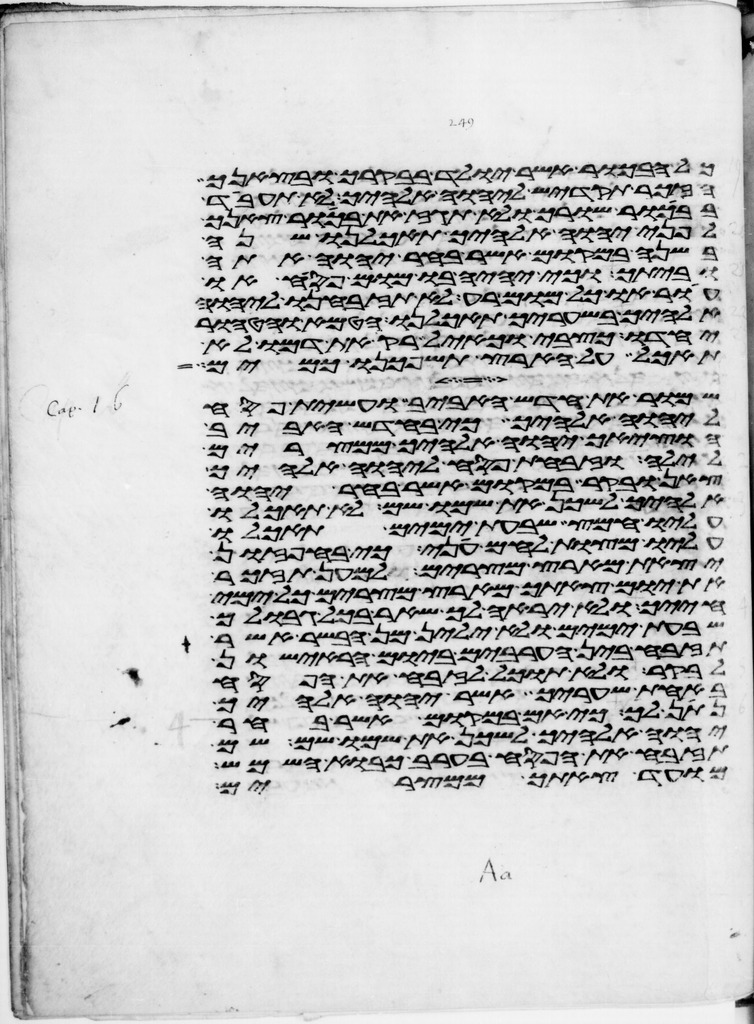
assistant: כל הבכור אשר יולד בבקרך ובצאנך
הזכר תקדיש ליהוה אלהיך לא תעבד
בבכור שורך ולא תגז את בכור צאנך
לפני יהוה אלהיך תאכלנו שנה
בשנה במקום אשר בחר יהוה אתה
וביתך וכי יהיה בו מום פסח או
עור או כל מום רע לא תזבחנו ליהוה
אלהיך בשעריך תאכלנו הטמא והטהור
יחדו כצבי וכאיל רק את דמו לא
תאכל על הארץ תשפכנו כמים
שמור את חדש האביב ועשית פסח
ליהוה אלהיך כי בחדש האביב
הוציאך יהוה אלהיך ממצרים
לילה וזבחת פסח ליהוה אלהיך
צאן ובקר במקום אשר בחר יהוה
אלהיך לשכן את שמו שם לא תאכלו
עליו חמץ שבעת ימים תאכלו
עליו מצות לחם עני כי בחפזון
יצאת מארץ מצרים למען תזכר
את יום צאתך מארץ מצרים כל ימי
חייך ולא יראה לך שאר בכל גבולך
שבעת ימים ולא ילין מן הבשר אשר
תזבח בין הערבים ביום הראישון
לבקר ולא תוכל לזבח את הפסח
באחת שעריך אשר יהוה אלהיך
נתן לך כי אם במקום אשר בחר
יהוה אלהיך לשכן את שמו שם שם
תזבח את הפסח בערב כבוא השמש
מועד צאתך ממצרים